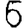
Digit: 6